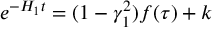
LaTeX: e ^ { - H _ { 1 } t } = ( 1 - \gamma _ { 1 } ^ { 2 } ) f ( \tau ) + k